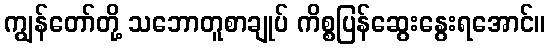
ကျွန်တော်တို့ သဘောတူစာချုပ် ကိစ္စပြန်ဆွေးနွေးရအောင်။